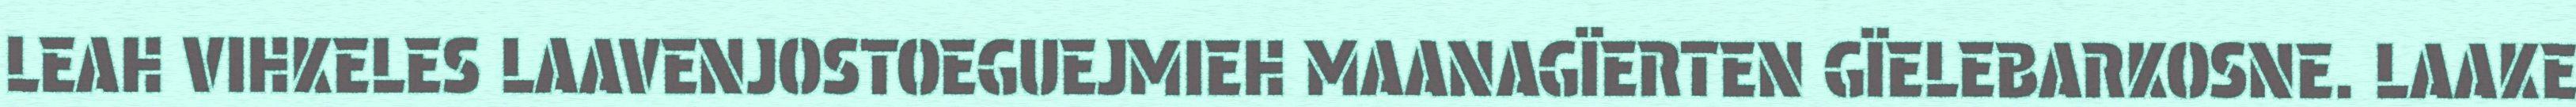
LEAH VIHKELES LAAVENJOSTOEGUEJMIEH MAANAGÏERTEN GÏELEBARKOSNE. LAAKE